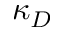
\kappa _ { D }